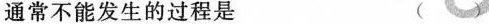
通常不能发生的过程是（ ）